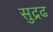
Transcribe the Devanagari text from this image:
सुद्रढ